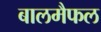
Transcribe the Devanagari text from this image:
बालमैफल